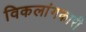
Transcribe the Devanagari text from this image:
विकलांगकारी